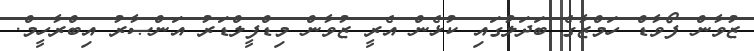
ޒުވާން ފޯވާޑް ހަމްޒާގެ ބަދަލުގައި ކުޅެން އެރީ ޒުވާން މިޑްފީލްޑަރު އަންޞާރު އިބްރާހީމް.